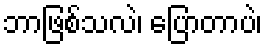
ဘာဖြစ်သလဲ၊ ပြောတာပဲ၊